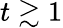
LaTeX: t\gtrsim 1